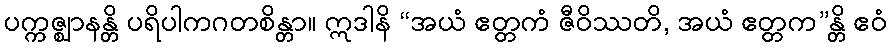
ပက္ကဇ္ဈာနန္တိ ပရိပါကဂတစိန္တာ။ ဣဒါနိ “အယံ ဧတ္တကံ ဇီဝိဿတိ, အယံ ဧတ္တက”န္တိ ဧဝံ